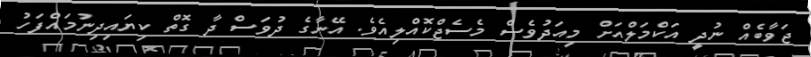
ޖަވާބެއް ނުދީ އަކްމަލްއަށް މިއަދުވެސް މެސެޖްކޮއްލިއެވެ. އޭނާގެ ދުވަސް ދާ ގޮތް ކިޔައިދިނުމައްފަހު